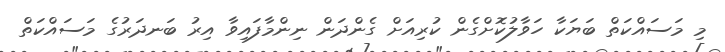
މި މަސައްކަތް ބަޔަކާ ހަވާލުކޮށްގެން ކުރިއަށް ގެންދަން ނިންމާފައިވާ އިރު ބަނދަރުގެ މަސައްކަތް